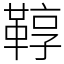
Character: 鞟